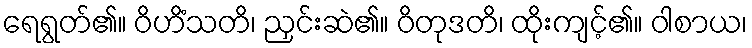
ရေရွတ်၏။ ဝိဟိံသတိ၊ ညှင်းဆဲ၏။ ဝိတုဒတိ၊ ထိုးကျင့်၏။ ဝါစာယ၊